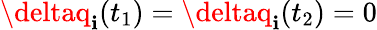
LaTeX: \deltaq_{\mathbf{i}}(t_{1})=\deltaq_{\mathbf{i}}(t_{2})=0